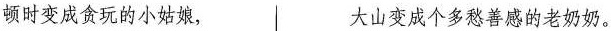
顿时变成贪玩的小姑娘， 大山变成个多愁善感的老奶奶。